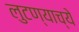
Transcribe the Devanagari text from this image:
लुटण्याच्ये